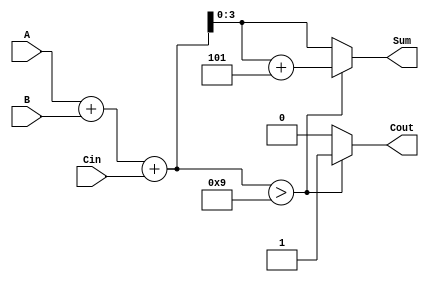
module BCD_Conditional_Adder (
    input  wire [3:0] A,      // First BCD digit
    input  wire [3:0] B,      // Second BCD digit
    input  wire Cin,          // Carry input
    output wire [3:0] Sum,    // BCD sum output
    output wire Cout          // Carry output
);

    // Internal wires for binary sum and adjustment
    wire [4:0] binary_sum;   // 5 bits to accommodate carry
    wire [4:0] adjusted_sum; // Adjusted sum after BCD correction

    // Step 1: Compute the binary sum of A, B, and Cin
    assign binary_sum = A + B + Cin;

    // Step 2: Check for BCD validity (greater than 9)
    assign adjusted_sum = (binary_sum > 9) ? (binary_sum + 5) : binary_sum;

    // Step 3: Assign Sum and Cout
    assign Sum = adjusted_sum[3:0]; // Lower 4 bits are the resulting BCD sum
    assign Cout = (binary_sum > 9) ? 1'b1 : 1'b0; // Set Cout if the sum exceeds 9

endmodule